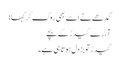
گدھے نے اسے بھی روک کر کہا:
آ، رے گیدڑ کے بچے
گیدڑ تو بزدل ہوتا ہی ہے۔